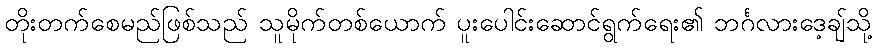
တိုးတက်စေမည်ဖြစ်သည် သူမိုက်တစ်ယောက် ပူးပေါင်းဆောင်ရွက်ရေး၏ ဘင်္ဂလားဒေ့ချ်သို့